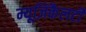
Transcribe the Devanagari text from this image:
म्यूज़िकैलटी